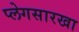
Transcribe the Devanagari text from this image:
प्लेगसारखा